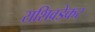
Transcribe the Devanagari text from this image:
राशिवडेकर